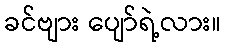
ခင်ဗျား ပျော်ရဲ့လား။